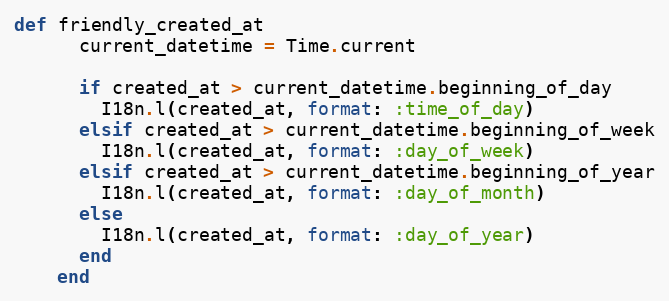
Language: Ruby
def friendly_created_at
      current_datetime = Time.current

      if created_at > current_datetime.beginning_of_day
        I18n.l(created_at, format: :time_of_day)
      elsif created_at > current_datetime.beginning_of_week
        I18n.l(created_at, format: :day_of_week)
      elsif created_at > current_datetime.beginning_of_year
        I18n.l(created_at, format: :day_of_month)
      else
        I18n.l(created_at, format: :day_of_year)
      end
    end